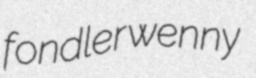
fondler wenny